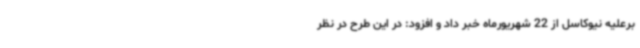
برعلیه نیوکاسل از 22 شهریورماه خبر داد و افزود: در این طرح در نظر